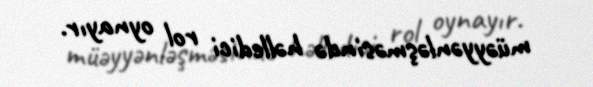
müəyyənləşməsində həlledici rol oynayır.